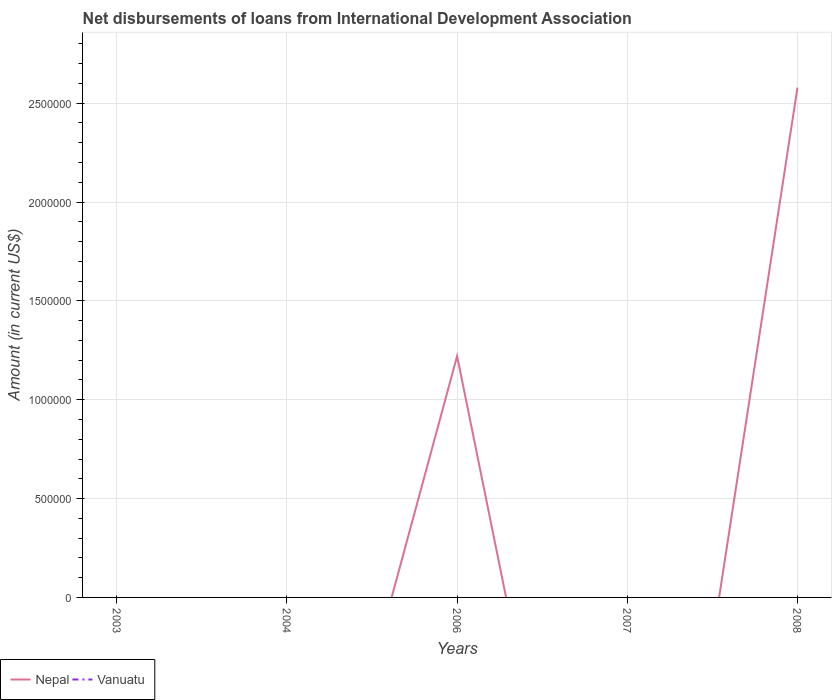
| Years | Nepal | Vanuatu |
 | --- | --- | --- |
 | 2003 | -2.87e+06 | -8.4e+04 |
 | 2004 | -1.95e+06 | -4.74e+05 |
 | 2006 | 1.22e+06 | -8.63e+05 |
 | 2007 | -3.02e+06 | -5.93e+05 |
 | 2008 | 2.58e+06 | -5.37e+05 |